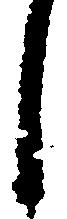
し